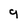
Character: 9